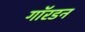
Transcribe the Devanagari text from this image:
गॉरडन